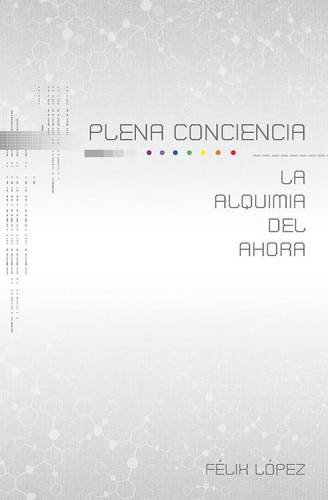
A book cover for Plena conciencia: La alquima del ahora (Spanish Edition); Felix Lopez; Religion & Spirituality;